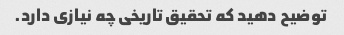
توضیح دهید که تحقیق تاریخی چه نیازی دارد.